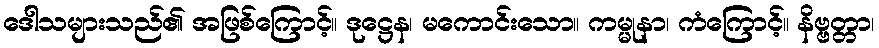
ဒေါသများသည်၏ အဖြစ်ကြောင့်။ ဒုဋ္ဌေန၊ မကောင်းသော။ ကမ္မုနာ၊ ကံကြောင့်။ နိဗ္ဗတ္တာ၊